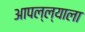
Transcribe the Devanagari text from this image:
आपल्ल्याला